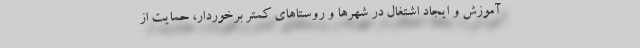
آموزش و ایجاد اشتغال در شهرها و روستاهای کمتر برخوردار، حمایت از